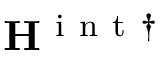
{ \bf { H } } ^ { \mathrm { ~ i ~ n ~ t ~ } \dagger }